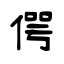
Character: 偔